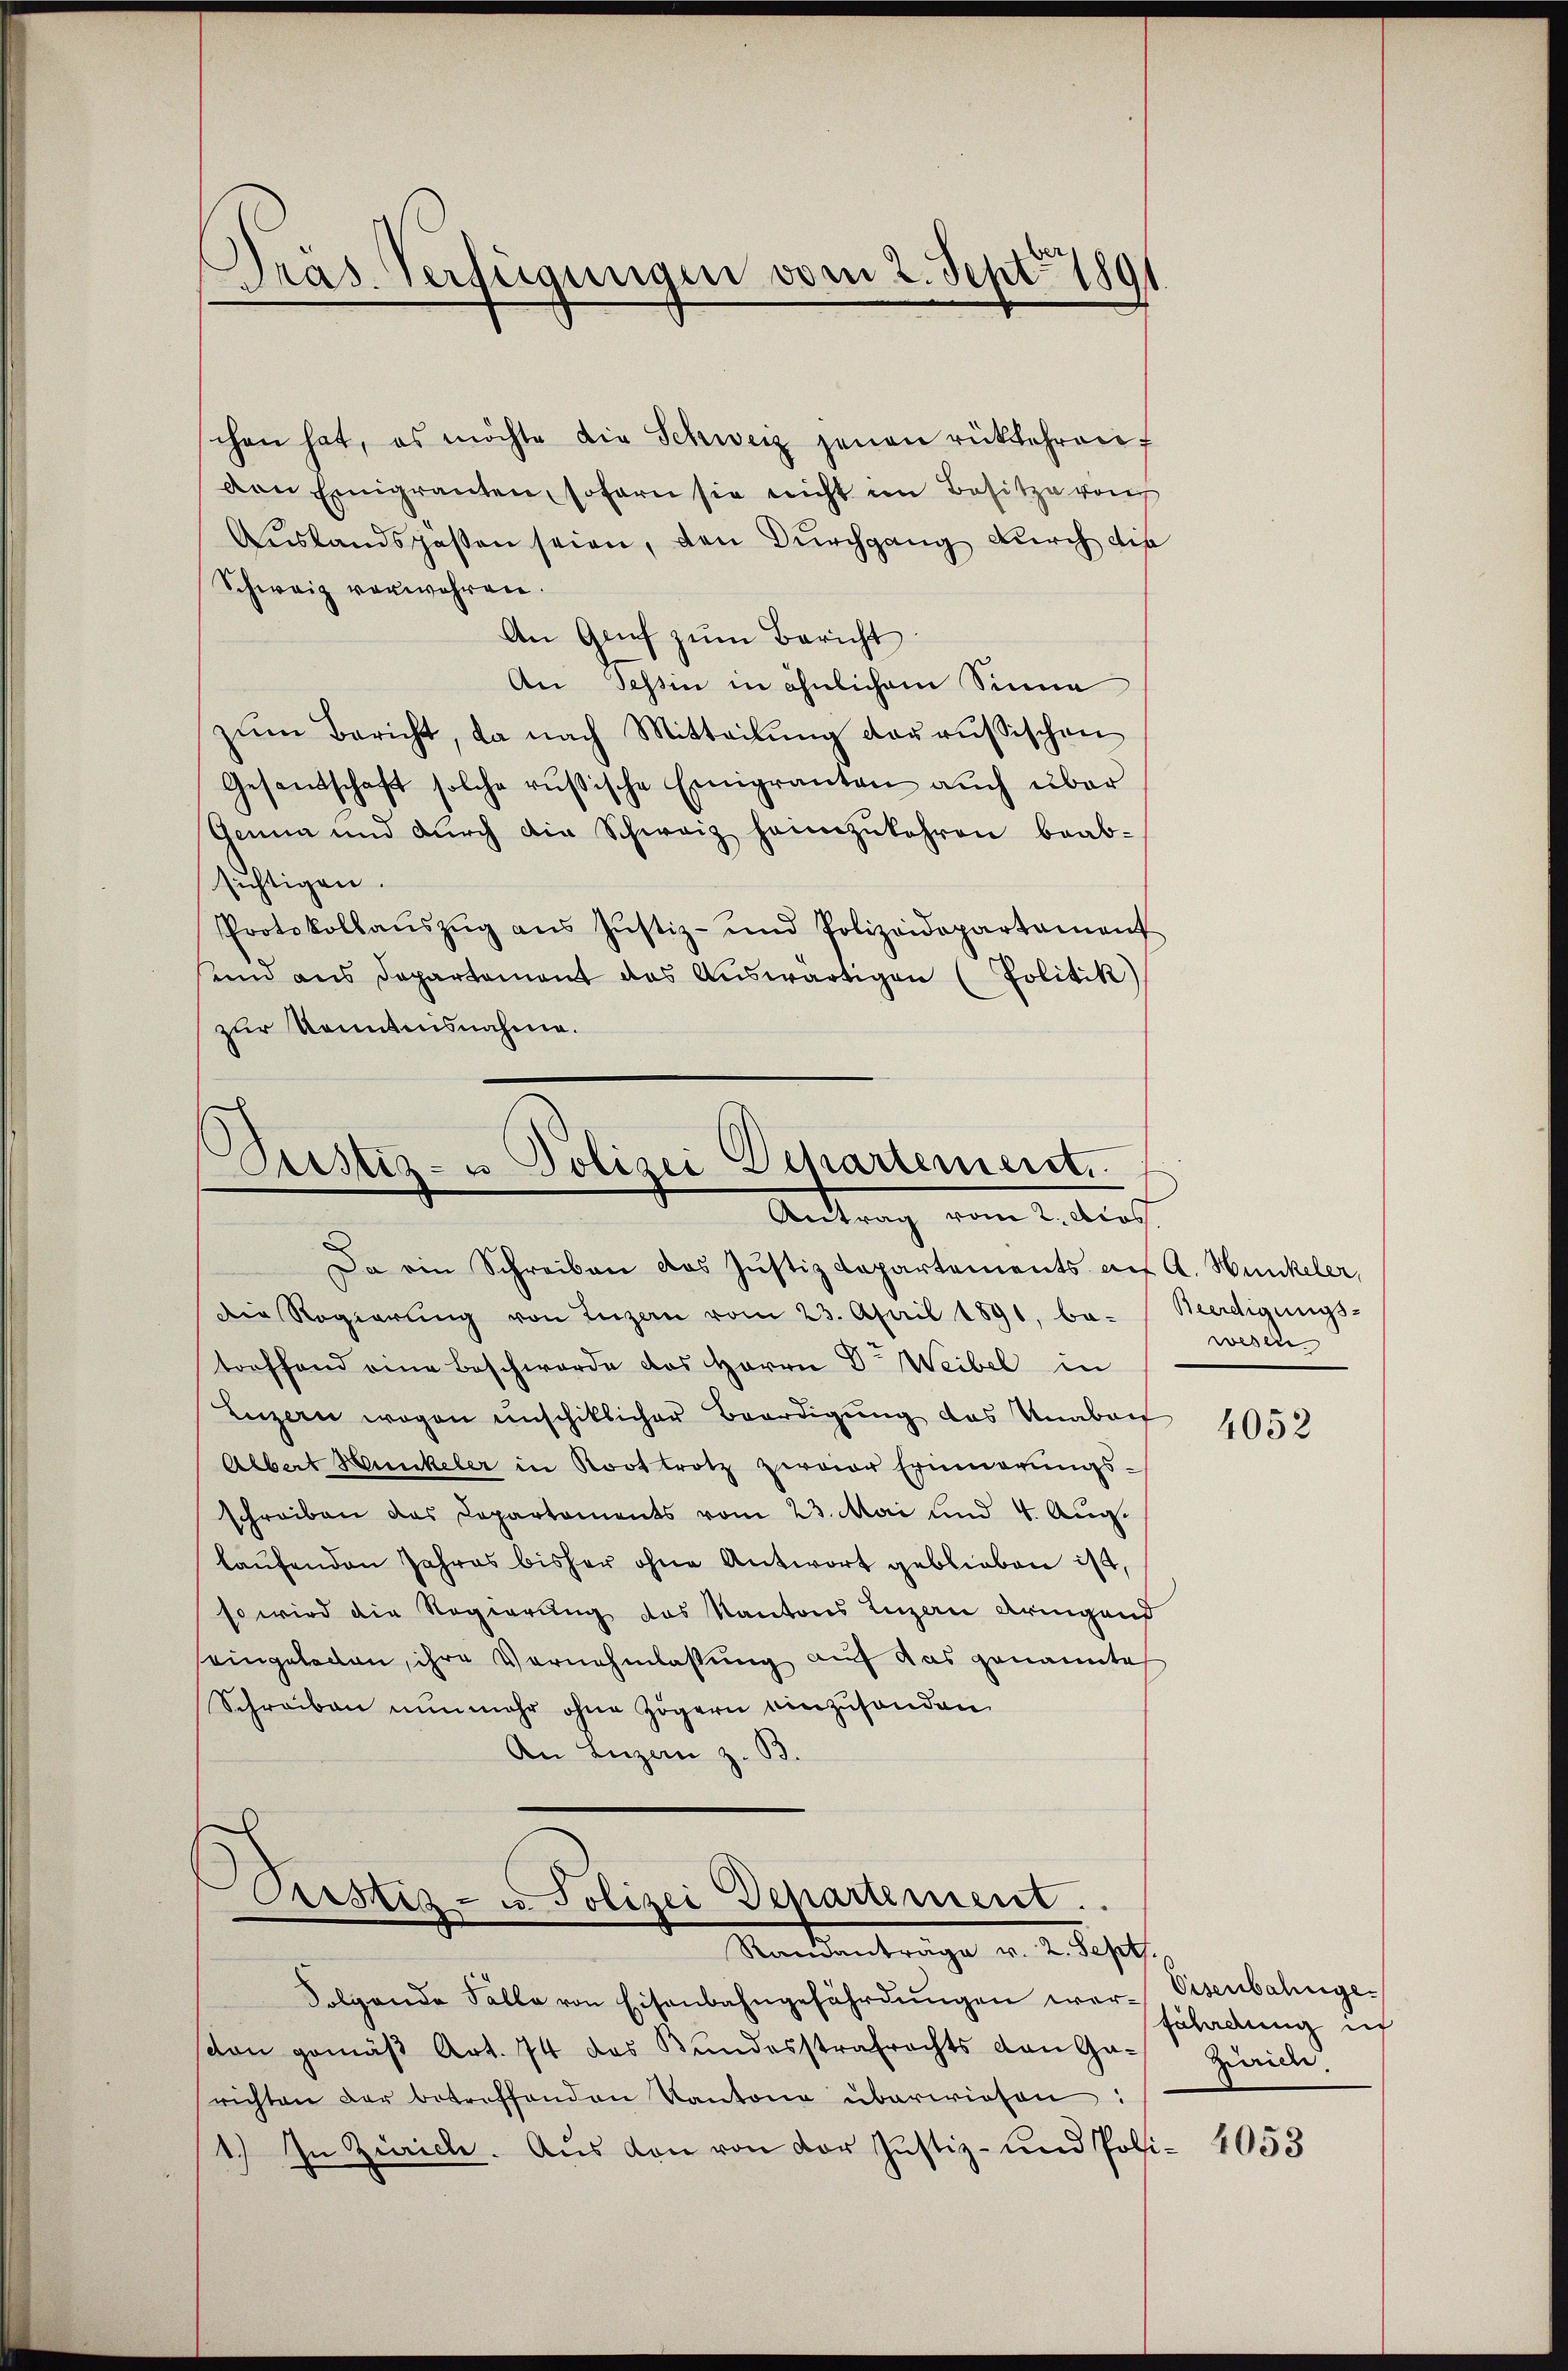
Pras. Verfügungen vom 2. Sept. 1891

chen hat, es möchte die Schweiz jenen rückkehren
den Einigranten, sofern sie nicht im Besitze von
Austandspassen seien, den Durchgang durch die
Schweiz verwehren.
An Genf zŭm Bericht
An Tessin in ähnlichem Sinne
zum Bericht, da nach Mitteilung der russischen
Gesandschaft solche russische Emigranten auch über
Genia und durch die Schweiz heimzukehren beab-
sichtigen.
Protokollaŭszŭg aŭs Jŭstiz- und Polizeidepartement
um aus Departement das Auswärtigen (Politik)
zur Kenntnisnahme.

.
Justiz- u Polizei Departement.
Antrag vom 2. Apos

Pustiz- u. Polizei Departement.
Mandantrage v. 2. Justiz

Folgende Falle von Eisenbahngefährdŭngen wer- Eisenbahnge-
ston gemäβ Art. 74 des Bŭndesstrafrechts von Ga- Zürich.
richten der betreffenden Kantone überwiesen:
1.) In Zürich. Aus von von der Justiz- und Poli¬

Da ein Schreiben das Justizdepartements auf A. Hunkeler,
Die Regierŭng von Luzern vom 23. April 1891, be-Merdigungs-
treffend eine Beschwerde des Herrn Dr. Weibel in
Luzern wegen unschiklicher Beerdigung das Unabait
Albert Hunkeler in Roottrotz zweier Erinnerŭngs-
schreiben das Departaments vom 23. Mai und 4. Aŭg.
laufenden Jahres bisher ohne Antwort geblieben ist,
so wird die Regierung des Kantons Luzern dringend
seingeladen, ihre Vernehmlassung auf das genannte
Schreiben nunmehr ohne Zögern einzusonden
An Luzern z. B.

wesen

4052

fährdung ich

4053